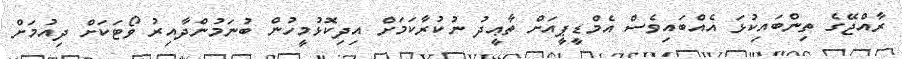
ރާއްޖޭގެ ތިންބައިކުޅަ އެއްބައިވެސް އެމްޑީޕީއަށް ތާޢީދު ނުކުރާކަމަށް އިދިކޮޅުމީހުން ބުނަމުންދާއިރު ވޯޓަކަށް ދިއުމަށް